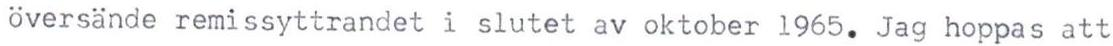
översände remissyttrandet i slutet av oktober 1965. Jag hoppas att